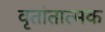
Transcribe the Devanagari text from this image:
वृतांतात्मक